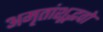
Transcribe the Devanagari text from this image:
अमृतांशूद्भवो